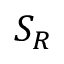
S _ { R }